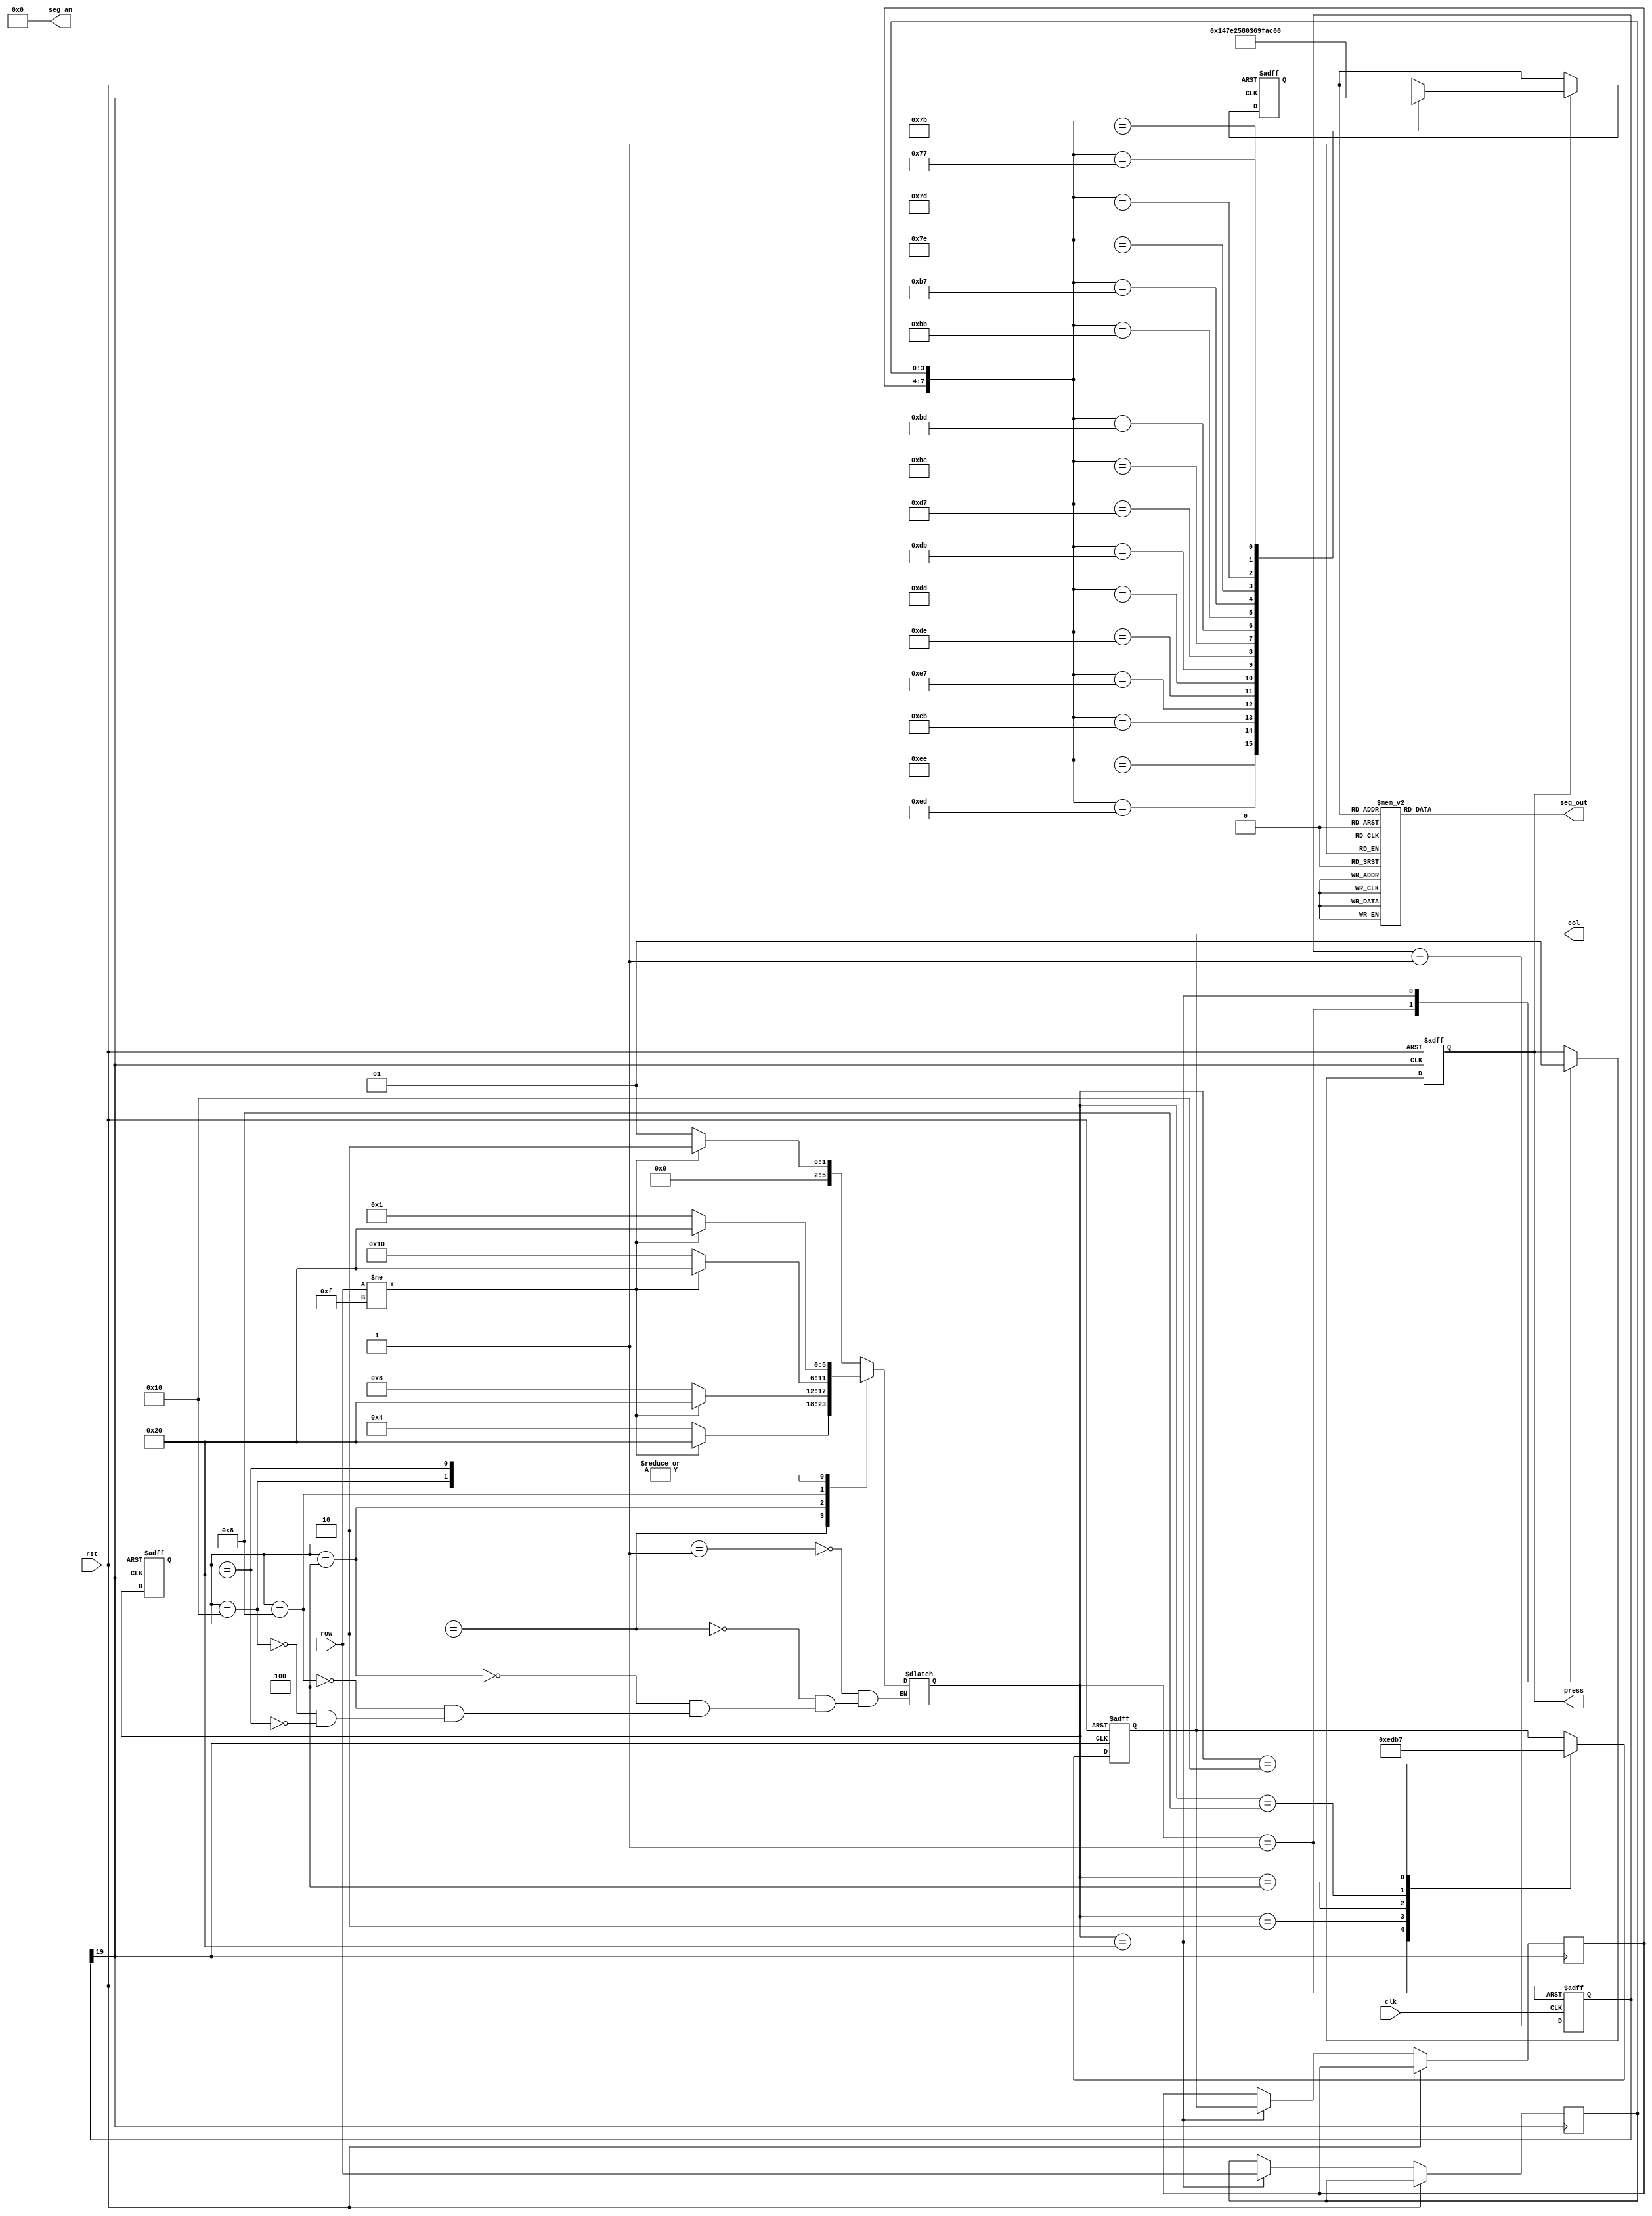
`timescale 1ns / 1ps
//////////////////////////////////////////////////////////////////////////////////
// Company: 
// Engineer: 
// 
// Design Name: 
// Module Name: key_top
// Project Name: 
// Target Devices: 
// Tool Versions: 
// Description: 
// 
// Dependencies: 
// 
// Revision:
// Revision 0.01 - File Created
// Additional Comments:
// 
//////////////////////////////////////////////////////////////////////////////////


module key_top(clk, rst, row, col, seg_an, seg_out, press);
input           clk;
input           rst;
input      [3:0] row;                 //  
output reg [3:0] col;                 //  
output     [7:0] seg_an;
//  output reg [7:0] seg_out   
output  reg [7:0] seg_out;   
output press;
 
//++++++++++++++++++++++++++++++++++++++
//  
//++++++++++++++++++++++++++++++++++++++
reg [19:0] cnt;                         // 
wire key_clk;
 
always @ (posedge clk or posedge rst)
  if (rst)
    cnt <= 0;
  else
    cnt <= cnt + 1'b1;
    
assign key_clk = cnt[19];                // (2^20/50M = 21)ms 
//--------------------------------------
//  
//--------------------------------------
 
//++++++++++++++++++++++++++++++++++++++
//  
//++++++++++++++++++++++++++++++++++++++
// 
parameter NO_KEY_PRESSED = 6'b000_001;  //   
parameter SCAN_COL0      = 6'b000_010;  // 0 
parameter SCAN_COL1      = 6'b000_100;  // 1 
parameter SCAN_COL2      = 6'b001_000;  // 2 
parameter SCAN_COL3      = 6'b010_000;  // 3 
parameter KEY_PRESSED    = 6'b100_000;  // 

reg [5:0] current_state, next_state;    // 
 
always @ (posedge key_clk or posedge rst)
  if (rst)
    current_state <= NO_KEY_PRESSED;
  else
    current_state <= next_state;
 
// 
always @ (*)
  case (current_state)
    NO_KEY_PRESSED :                    // 
        if (row != 4'hF)
          next_state = SCAN_COL0;
        else
          next_state = NO_KEY_PRESSED;
    SCAN_COL0 :                         // 0 
        if (row != 4'hF)
          next_state = KEY_PRESSED;
        else
          next_state = SCAN_COL1;
    SCAN_COL1 :                         // 1 
        if (row != 4'hF)
          next_state = KEY_PRESSED;
        else
          next_state = SCAN_COL2;    
    SCAN_COL2 :                         // 2
        if (row != 4'hF)
          next_state = KEY_PRESSED;
        else
          next_state = SCAN_COL3;
    SCAN_COL3 :                         // 3
        if (row != 4'hF)
          next_state = KEY_PRESSED;
        else
          next_state = NO_KEY_PRESSED;
    KEY_PRESSED :                       // 
        if (row != 4'hF)
          next_state = KEY_PRESSED;
        else
          next_state = NO_KEY_PRESSED;                      
  endcase
 
reg       key_pressed_flag;             // 
reg [3:0] col_val, row_val;             // 
 
// 
always @ (posedge key_clk or posedge rst)
  if (rst)
  begin
    col              <= 4'h0;
    key_pressed_flag <=    0;
  end
  else
    case (next_state)
      NO_KEY_PRESSED :                  // 
      begin
        col              <= 4'h0;
        key_pressed_flag <=    0;       // 
      end
      SCAN_COL0 :                       // 0
        col <= 4'b1110;
      SCAN_COL1 :                       // 1
        col <= 4'b1101;
      SCAN_COL2 :                       // 2
        col <= 4'b1011;
      SCAN_COL3 :                       // 3
        col <= 4'b0111;
      KEY_PRESSED :                     // 
      begin
        col_val          <= col;        // 
        row_val          <= row;        // 
        key_pressed_flag <= 1;          //   
      end
    endcase
    
    assign press = key_pressed_flag;
//--------------------------------------
//  
//--------------------------------------
 
 
//++++++++++++++++++++++++++++++++++++++
//  
//++++++++++++++++++++++++++++++++++++++
reg [3:0] keyboard_val;
always @ (posedge key_clk or posedge rst)
  if (rst)
    keyboard_val <= 4'h0;
  else
    if (key_pressed_flag)
      case ({col_val, row_val})
        8'b1110_1110 : keyboard_val <= 4'h1;
        8'b1110_1101 : keyboard_val <= 4'h4;
        8'b1110_1011 : keyboard_val <= 4'h7;
        8'b1110_0111 : keyboard_val <= 4'hE;
         
        8'b1101_1110 : keyboard_val <= 4'h2;
        8'b1101_1101 : keyboard_val <= 4'h5;
        8'b1101_1011 : keyboard_val <= 4'h8;
        8'b1101_0111 : keyboard_val <= 4'h0;
         
        8'b1011_1110 : keyboard_val <= 4'h3;
        8'b1011_1101 : keyboard_val <= 4'h6;
        8'b1011_1011 : keyboard_val <= 4'h9;
        8'b1011_0111 : keyboard_val <= 4'hF;
         
        8'b0111_1110 : keyboard_val <= 4'hA; 
        8'b0111_1101 : keyboard_val <= 4'hB;
        8'b0111_1011 : keyboard_val <= 4'hC;
        8'b0111_0111 : keyboard_val <= 4'hD;        
      endcase
//--------------------------------------
//   
//--------------------------------------

//--------------------------------------
//  
//--------------------------------------
assign seg_an = ~8'b11111111;
always @ (keyboard_val)
     begin 
     case (keyboard_val)
         4'h0: seg_out = 8'b11000000; // 0
         4'h1: seg_out = 8'b11111001; // 1
         4'h2: seg_out = 8'b10100100; // 2
         4'h3: seg_out = 8'b10110000; // 3
         4'h4: seg_out = 8'b10011001; // 4
         4'h5: seg_out = 8'b10010010; // 5
         4'h6: seg_out = 8'b10000010; // 6
         4'h7: seg_out = 8'b11111000; // 7
         4'h8: seg_out = 8'b10000000; // 8
         4'h9: seg_out = 8'b10010000; // 9
         4'ha: seg_out = 8'b10001000; // A
         4'hb: seg_out = 8'b10000011; // b
         4'hc: seg_out = 8'b11000110; // c
         4'hd: seg_out = 8'b10100001; // d
         4'he: seg_out = 8'b10000110; // E
         4'hf: seg_out = 8'b10001110; // F
         default: seg_out = 8'b00000000;
     endcase
     end    
//     vio_0 your_instance_name (
//  .clk(clk),                // input wire clk
//  .probe_out0(seg_out)  // output wire [7 : 0] probe_out0
//);
endmodule